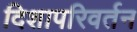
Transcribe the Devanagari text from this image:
दिशापरिवर्तन